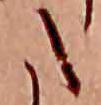
た